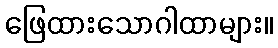
ဖြေထားသောဂါထာများ။